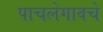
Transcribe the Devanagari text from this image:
पाचलेगावचे